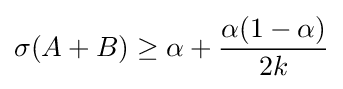
\sigma (A+B)\geq \alpha +{\frac {\alpha (1-\alpha )}{2k}}